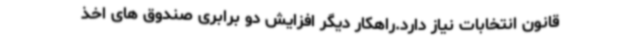
قانون انتخابات نیاز دارد.راهکار دیگر افزایش دو برابری صندوق های اخذ